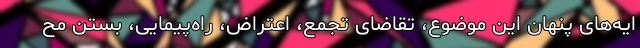
ایه‌های پنهان این موضوع، تقاضای تجمع، اعتراض، راه‌پیمایی، بستن مح